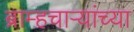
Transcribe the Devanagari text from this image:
ब्राम्हचाऱ्यांच्या